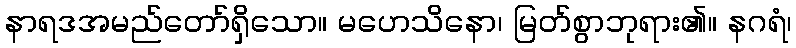
နာရဒအမည်တော်ရှိသော။ မဟေသိနော၊ မြတ်စွာဘုရား၏။ နဂရံ၊